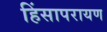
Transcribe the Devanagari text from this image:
हिंसापरायण